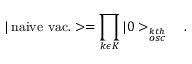
| \, \mathrm { n a i v e \ v a c . } > = \prod _ { k \epsilon K } | 0 > _ { \stackrel { k t h } { o s c } } \ \ \ .